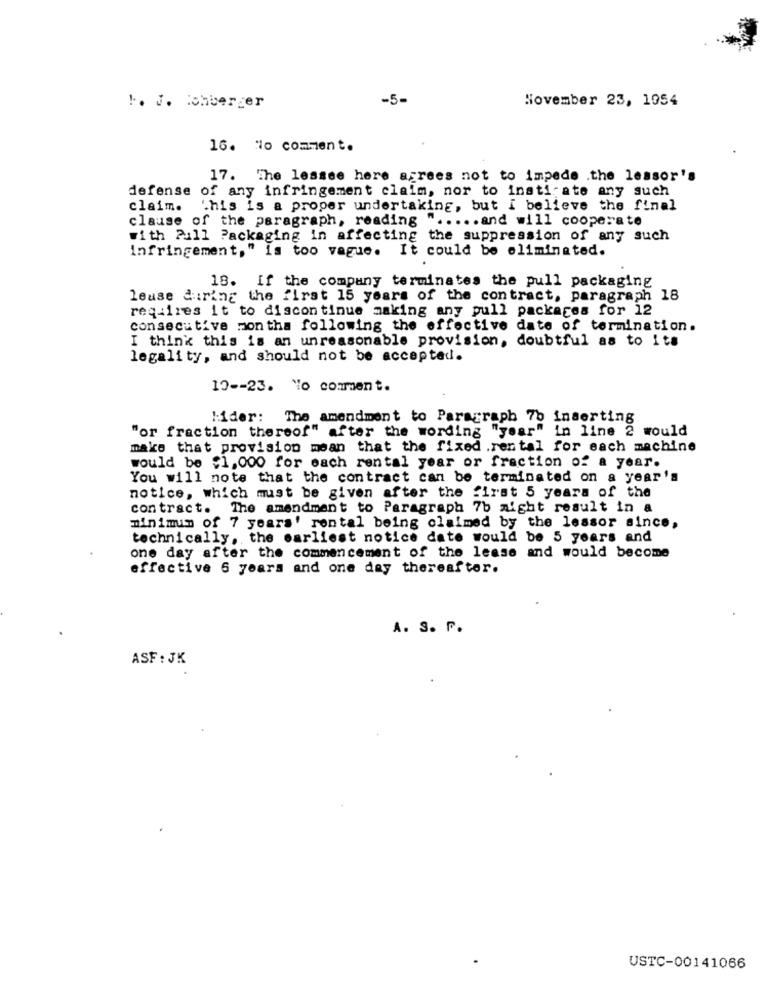
-5-
November 23, 1954
1. J. ichberger
16. No comment.
17. The lessee here agrees not to impede .the lessor's
defense of any infringement claim, nor to insti; ate any such
claim.
This is a proper undertaking, but i believe the final
clause of the paragraph, reading " ..... and will cooperate
with Pull Packaging in affecting the suppression of any such
Infringement," is too vague. It could be eliminated.
18. If the company terminates the pull packaging
lease during the first 15 years of the contract, paragraph 18
requires it to discontinue making any pull packages for 12
consecutive months following the effective date of termination.
I think this is an unreasonable provision, doubtful as to its
legality, and should not be accepted.
10 -- 23. No comment.
lider: The amendment to Paragraph 7b inserting
"or fraction thereof" after the wording "year" in line 2 would
make that provision mean that the fixed .rental for each machine
would be $1,000 for each rental year or fraction of a year.
You will note that the contract can be terminated on a year's
notice, which must be given after the first 5 years of the
contract. The amendment to Paragraph 7b might result in a
minimum of 7 years' rental being claimed by the lessor since,
technically, the earliest notice date would be 5 years and
one day after the commencement of the lease and would become
effective 6 years and one day thereafter.
A. S. F.
ASF : JK
USTC-00141066